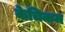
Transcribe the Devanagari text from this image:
केचिकम